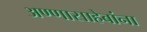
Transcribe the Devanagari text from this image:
अण्णासाहेबांना